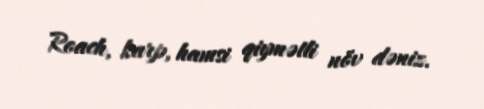
Roach, karp, hamsi qiymətli növ dəniz.